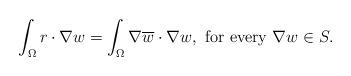
LaTeX: \begin{align*} \int_\Omega r\cdot \nabla w = \int_\Omega \nabla \overline{w}\cdot \nabla w, \hbox{ for every }\nabla w \in S.\end{align*}